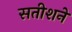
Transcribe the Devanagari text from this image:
सतीशने